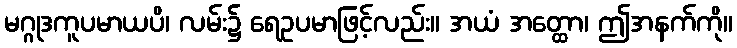
မဂ္ဂုဒကူပမာယပိ၊ လမ်း၌ ရေဥပမာဖြင့်လည်း။ အယံ အတ္ထော၊ ဤအနက်ကို။